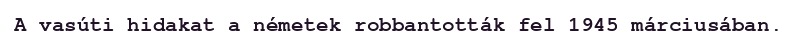
A vasúti hidakat a németek robbantották fel 1945 márciusában.